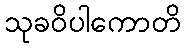
သုခဝိပါကောတိ